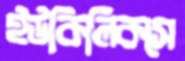
ইউকিলিকসে